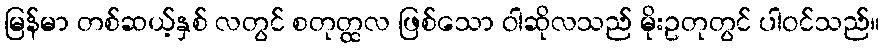
မြန်မာ တစ်ဆယ့်နှစ် လတွင် စတုတ္ထလ ဖြစ်သော ဝါဆိုလသည် မိုးဥတုတွင် ပါဝင်သည်။